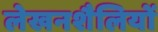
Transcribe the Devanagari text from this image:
लेखनशैलियों